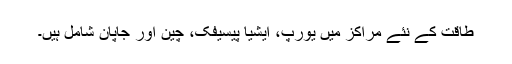
طاقت کے نئے مراکز میں یورپ، ایشیا پیسیفک، چین اور جاپان شامل ہیں۔